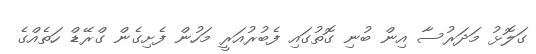
ގަލޮޅު މަދަރުސާ އިން ބުނި ގޮތުގައި ފެބުރުއަރީ މަހުން ފެށިގެން ގްރޭޑް ހަތެއްގެ